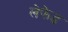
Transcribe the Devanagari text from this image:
लेफेड